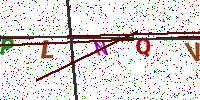
Text: PLNQV